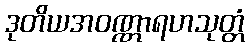
ဒုတိယအဝဏ္ဏာရဟသုတ္တံ